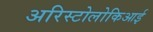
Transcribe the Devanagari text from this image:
अरिस्टोलोकिआई